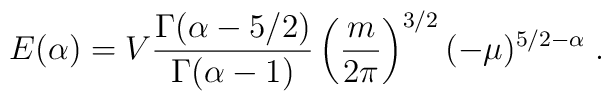
E(\alpha) = V \frac{\Gamma(\alpha - 5/2)}{\Gamma(\alpha - 1)}\left(\frac{m}{2\pi}\right)^{3/2}(-\mu)^{5/2 - \alpha}\;.